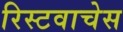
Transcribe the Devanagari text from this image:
रिस्टवाचेस